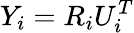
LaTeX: Y_{i}=R_{i}U_{i}^{T}